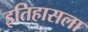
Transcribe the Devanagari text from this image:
इतिहासला